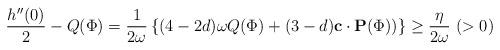
LaTeX: \begin{align*}\frac{h''(0)}{2}-Q(\Phi)=\frac{1}{2\omega}\left\{(4-2d)\omega Q(\Phi)+(3-d)\mathbf{c}\cdot \mathbf{P}(\Phi))\right\}\ge \frac{\eta}{2\omega}\ (>0)\end{align*}